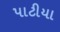
પાટીયા